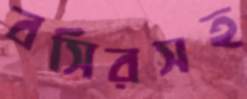
বসিরসহ